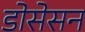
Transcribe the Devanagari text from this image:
डोसेसन